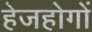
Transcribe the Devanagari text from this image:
हेजहोगों